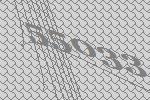
55033